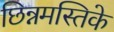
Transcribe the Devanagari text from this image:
छिन्नमस्तिके